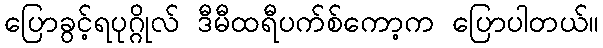
ပြောခွင့်ရပုဂ္ဂိုလ် ဒီမီထရီပက်စ်ကော့က ပြောပါတယ်။